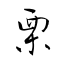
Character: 栗